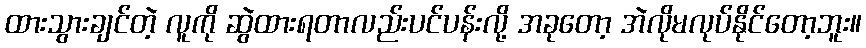
ထားသွားချင်တဲ့ လူကို ဆွဲထားရတာလည်းပင်ပန်းလို့ အခုတော့ အဲလိုမလုပ်နိုင်တော့ဘူး။